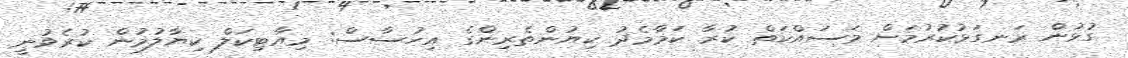
ގުޅުން ރަނގަޅުކުރުމަށް މަސައްކަތް ކުރާ ކަމާމެދު ކިޔުންތެރިންގެ އިހުސާސް: މިއާޓިކަލް ކިޔާލުމުން ކުރެވުނީ